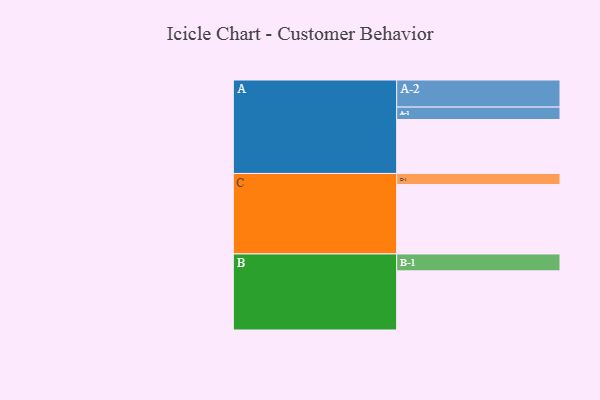
{"axis": {"x": "Segment", "y": "Value"}, "legend": ["", "A", "B", "C"], "data": [{"x": "A", "y": 412, "type": ""}, {"x": "B", "y": 452, "type": ""}, {"x": "C", "y": 530, "type": ""}, {"x": "A-1", "y": 95, "type": "A"}, {"x": "A-2", "y": 207, "type": "A"}, {"x": "B-1", "y": 129, "type": "B"}, {"x": "C-1", "y": 85, "type": "C"}]}